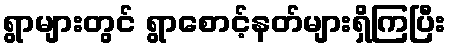
ရွာများတွင် ရွာစောင့်နတ်များရှိကြပြီး